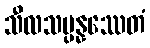
သီလသမ္ပန္နဿေတံ